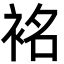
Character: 𮕿